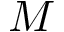
M